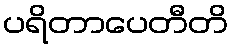
ပရိတာပေတီတိ